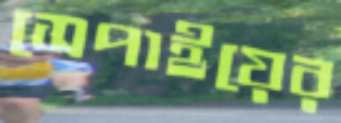
সেপাইয়ের